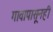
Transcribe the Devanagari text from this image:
गावापासूनही